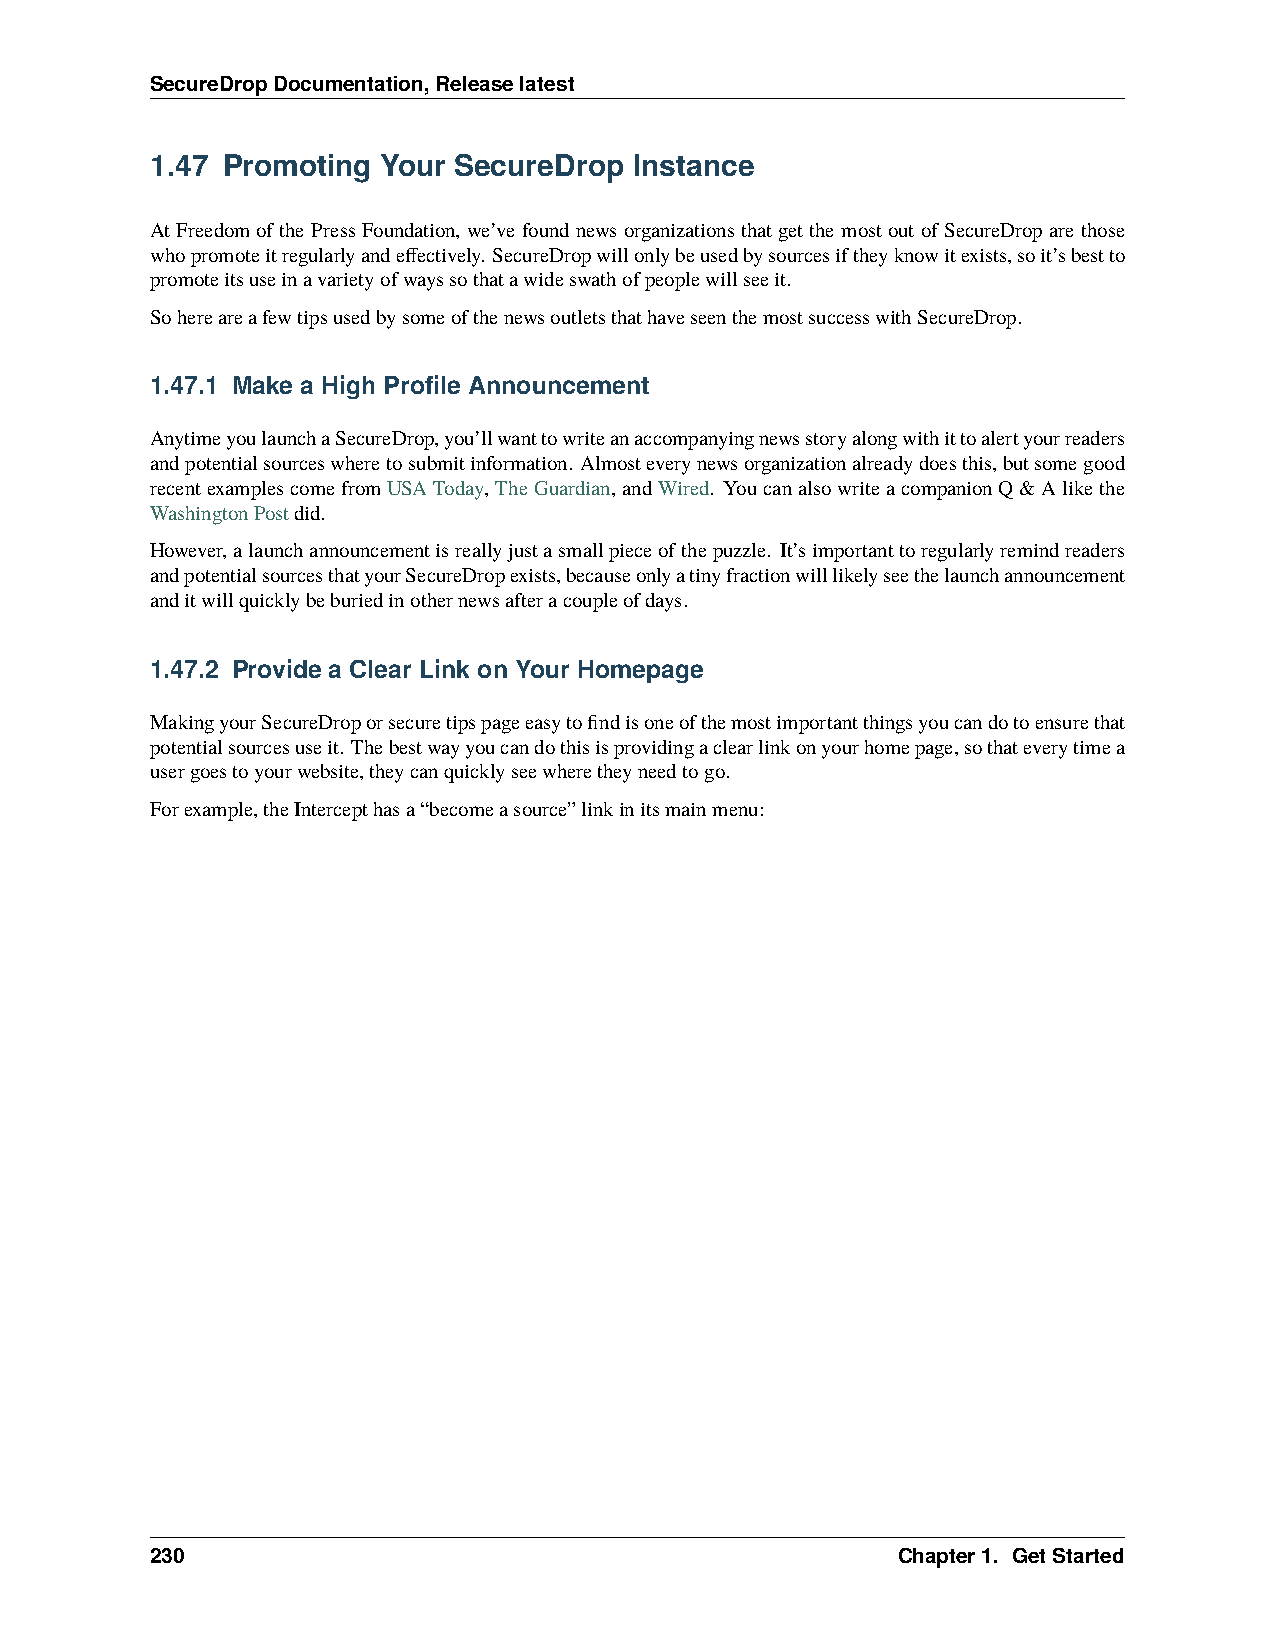
SecureDropDocumentation,Releaselatest
 1.47 Promoting Your SecureDrop  Instance
 At Freedom of the Press Foundation, we’ve found news organizations that get the most out of SecureDrop are those
 whopromoteitregularlyandeffectively. SecureDropwillonlybeusedbysourcesiftheyknowitexists,soit’sbestto
 promoteitsuseinavarietyofwayssothatawideswathofpeoplewillseeit.
 SohereareafewtipsusedbysomeofthenewsoutletsthathaveseenthemostsuccesswithSecureDrop.
 1.47.1 Make a High Profile Announcement
 AnytimeyoulaunchaSecureDrop,you’llwanttowriteanaccompanyingnewsstoryalongwithittoalertyourreaders
 andpotentialsourceswheretosubmitinformation. Almosteverynewsorganizationalreadydoesthis,butsomegood
 recentexamplescomefromUSAToday,TheGuardian,andWired. YoucanalsowriteacompanionQ&Alikethe
 WashingtonPostdid.
 However,alaunchannouncementisreallyjustasmallpieceofthepuzzle. It’simportanttoregularlyremindreaders
 andpotentialsourcesthatyourSecureDropexists,becauseonlyatinyfractionwilllikelyseethelaunchannouncement
 anditwillquicklybeburiedinothernewsafteracoupleofdays.
 1.47.2 Provide a Clear Link on Your Homepage
 MakingyourSecureDroporsecuretipspageeasytofindisoneofthemostimportantthingsyoucandotoensurethat
 potentialsourcesuseit. Thebestwayyoucandothisisprovidingaclearlinkonyourhomepage,sothateverytimea
 usergoestoyourwebsite,theycanquicklyseewheretheyneedtogo.
 Forexample,theIntercepthasa“becomeasource”linkinitsmainmenu:
 230                                              Chapter1. GetStarted